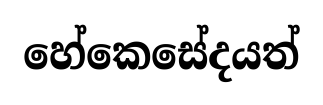
හේකෙසේදයත්